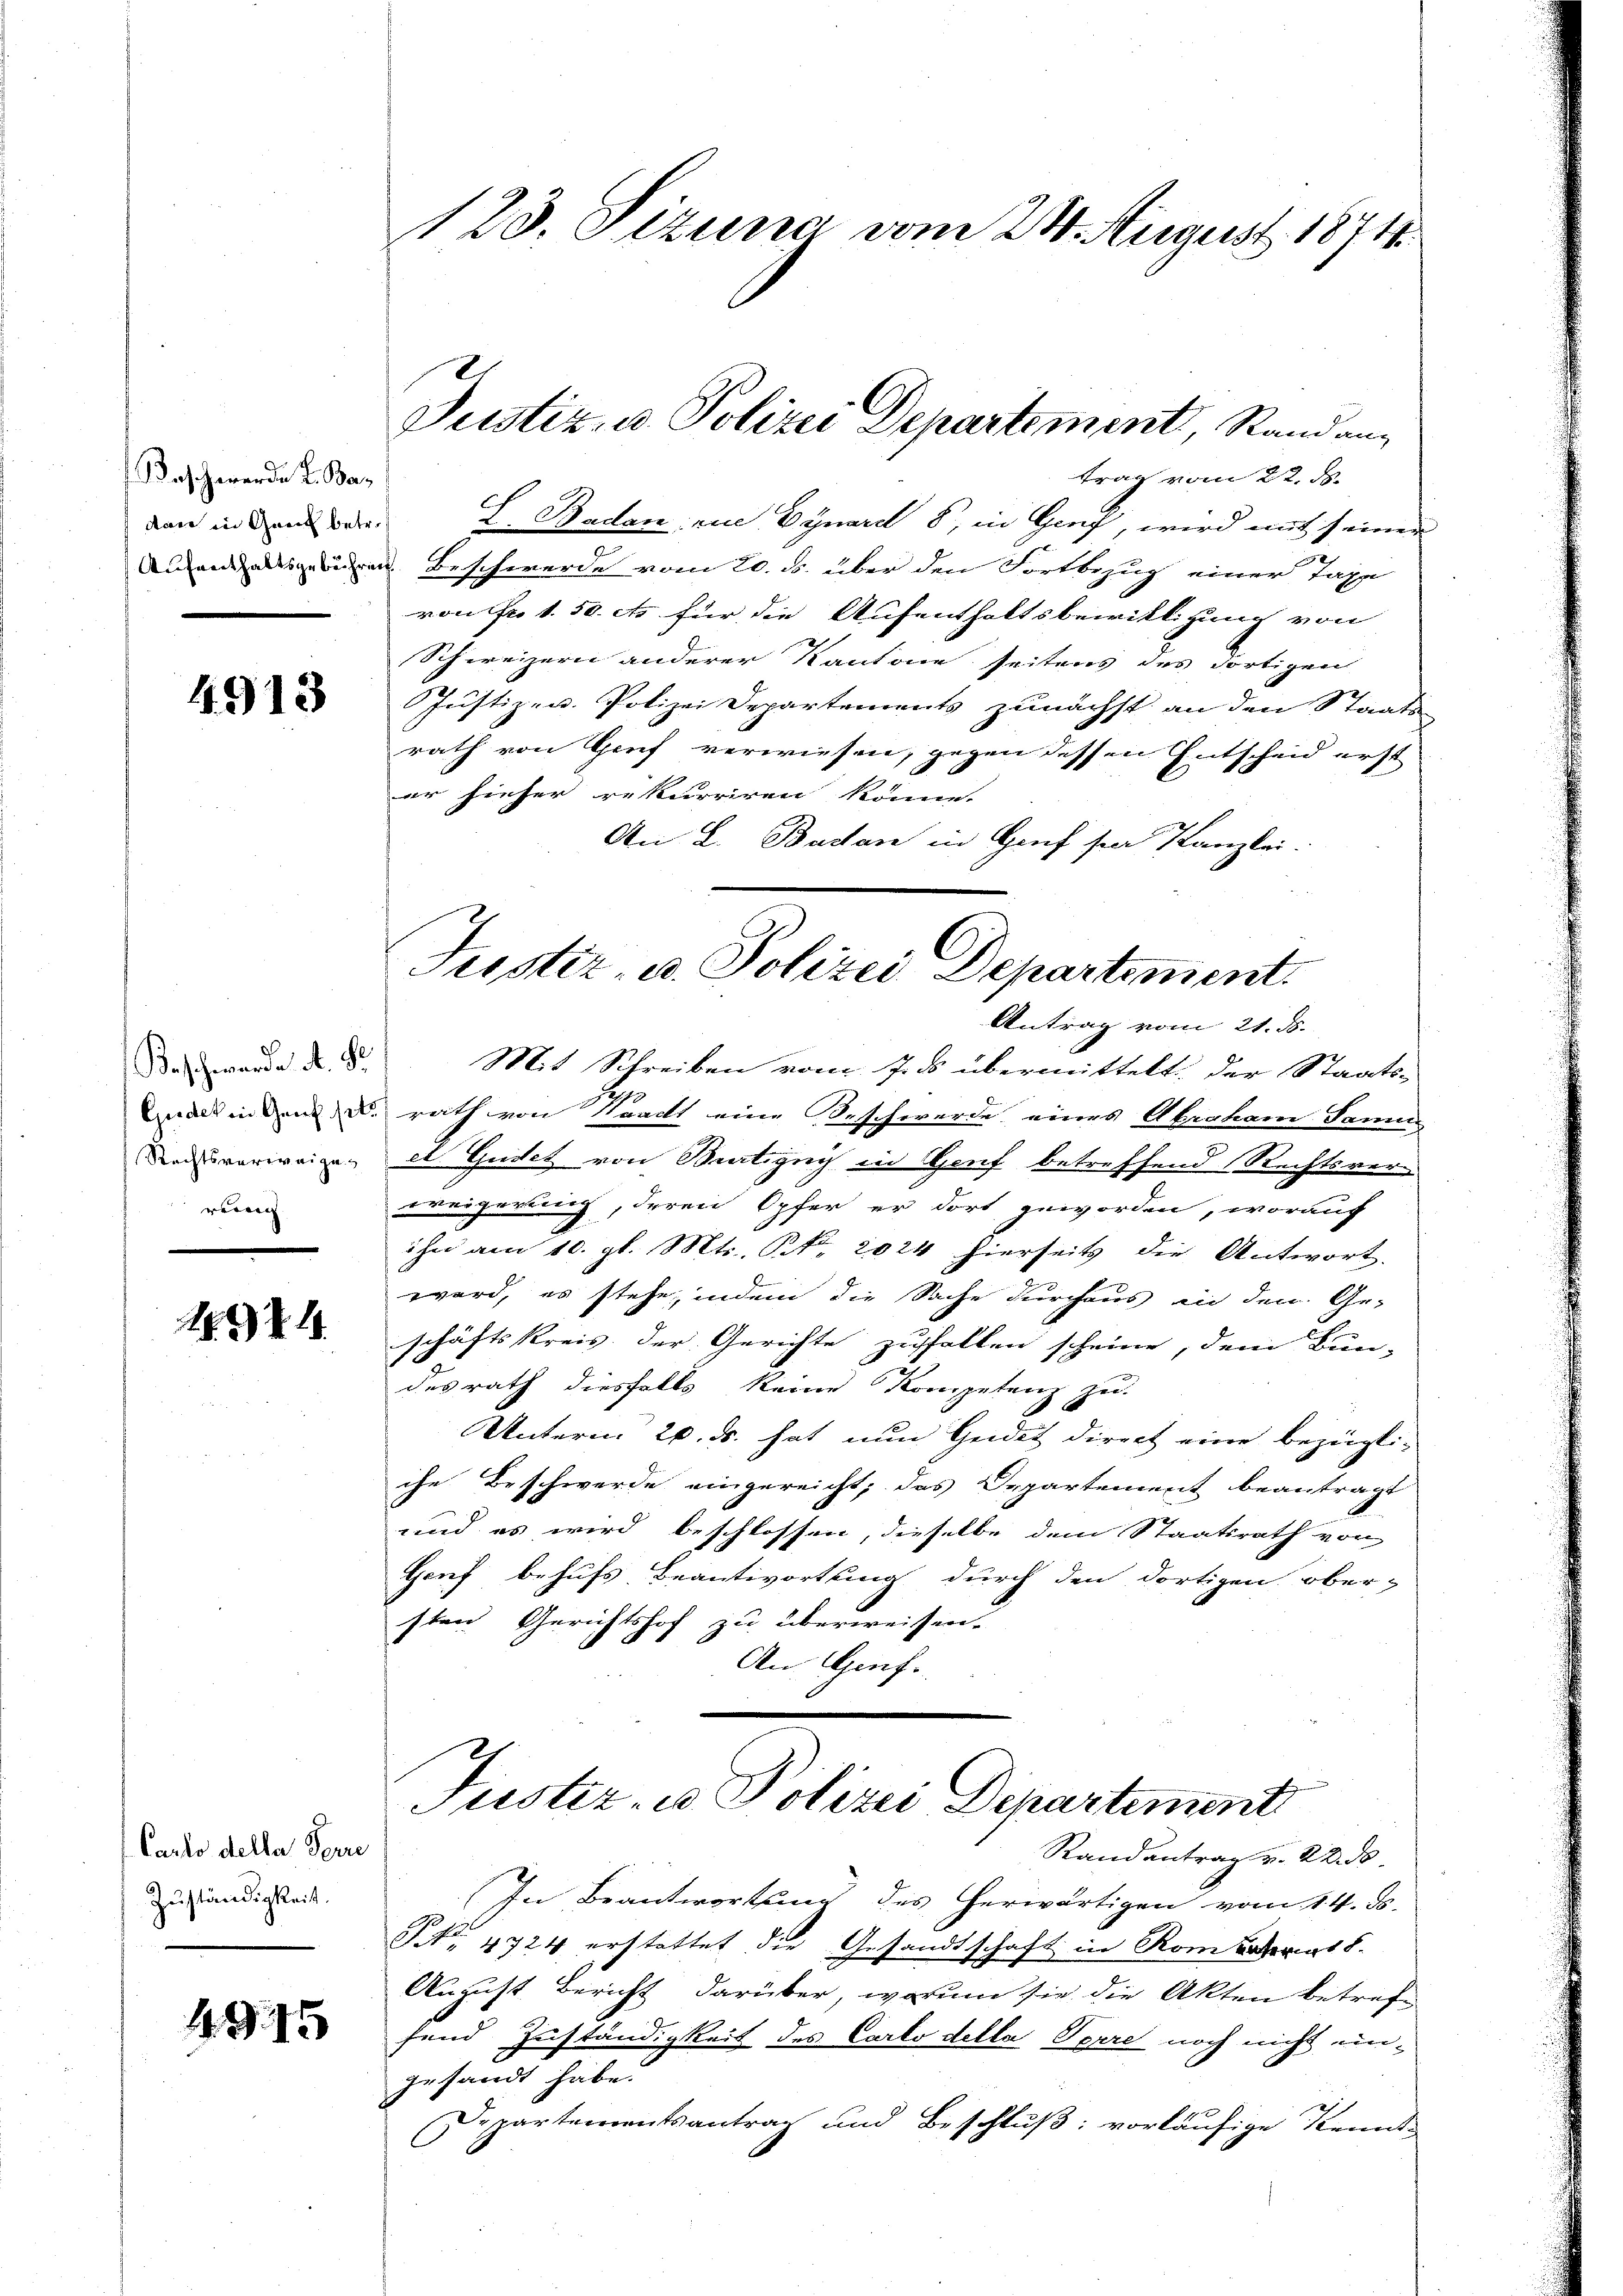
Kaschwerden L. Badare in Graf betr.

4913

Beschwerde A. S.
Rechtsverweige
rönen |

1874.

Carto della Ferre
Zuständigkeit.

.G. 15

123. Sizung vom 24. August 1871

trag vom 22. ds.
E. Badan eue Dynard 8, in Genf, wird mit seiner
u
Abendigeigen Beschwerde vom 20. ds. über den Fortbezug einer Tage
von Fr. 1. 50. es für die Aufenthaltsbewilligung von
Schweizern anderer Kantone seitens des dortigen
Justiz- u. Polizei Departements zunächst an den Staats-
rath von Genf verwiesen, gegen dessen Entscheid erst
er hieher rekurriren könne.
An L. Bactan in Graf sie Kanzlei.

Justiz, u. Polizei Departement, Stand an¬

Justiz- u. Polizei Departement.
Antrag vom 21. ds.

Mit Schreiben vom 7. ds übermittelt der Staats-
nack in den d. rath von Waadt eine Beschwerde eines Abraham Samu
el Gudet von Bratigny in Genf betreffend Rechtsver-
weigerung, deren Opfer er dort geworden, worauf
ihn am 10. gl. Mts. NNo. 2024 hierseits die Antwort.
ward, es stehe, indem die Sache durchaus in den Ge-
schäftskreis der Gerichte zufallen scheine, dem Bun-
desrath diesfalls keine Kompetenz zu-
Unterm 20. ds. hat nun Heidet direct eine bezügliche Beschwerde eingereicht, das Departement beantragt
und es wird beschlossen, dieselbe dem Staatsrath von
Genf behufs Beantwortung durch den dortigen ober-
sten Gerichtshof zu überweisen.
An Genf.

Füster- u Polizei Departement

Randantrag v. 22. ds.
In Beantwortung des herwärtigen vom 14. ds.
NNo. 4724 erstattet die Gesandtschaft in Rom Staats-
August Bericht darüber, warum sie die Akten betreffend Zuständigkeit des Carlo della Terre noch nicht ungesandt habe.
Departementsantrag und Beschluß: vorläufige Kennt